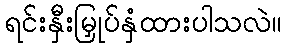
ရင်းနှီးမြှုပ်နှံထားပါသလဲ။